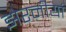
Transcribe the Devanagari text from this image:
झेरनीयां